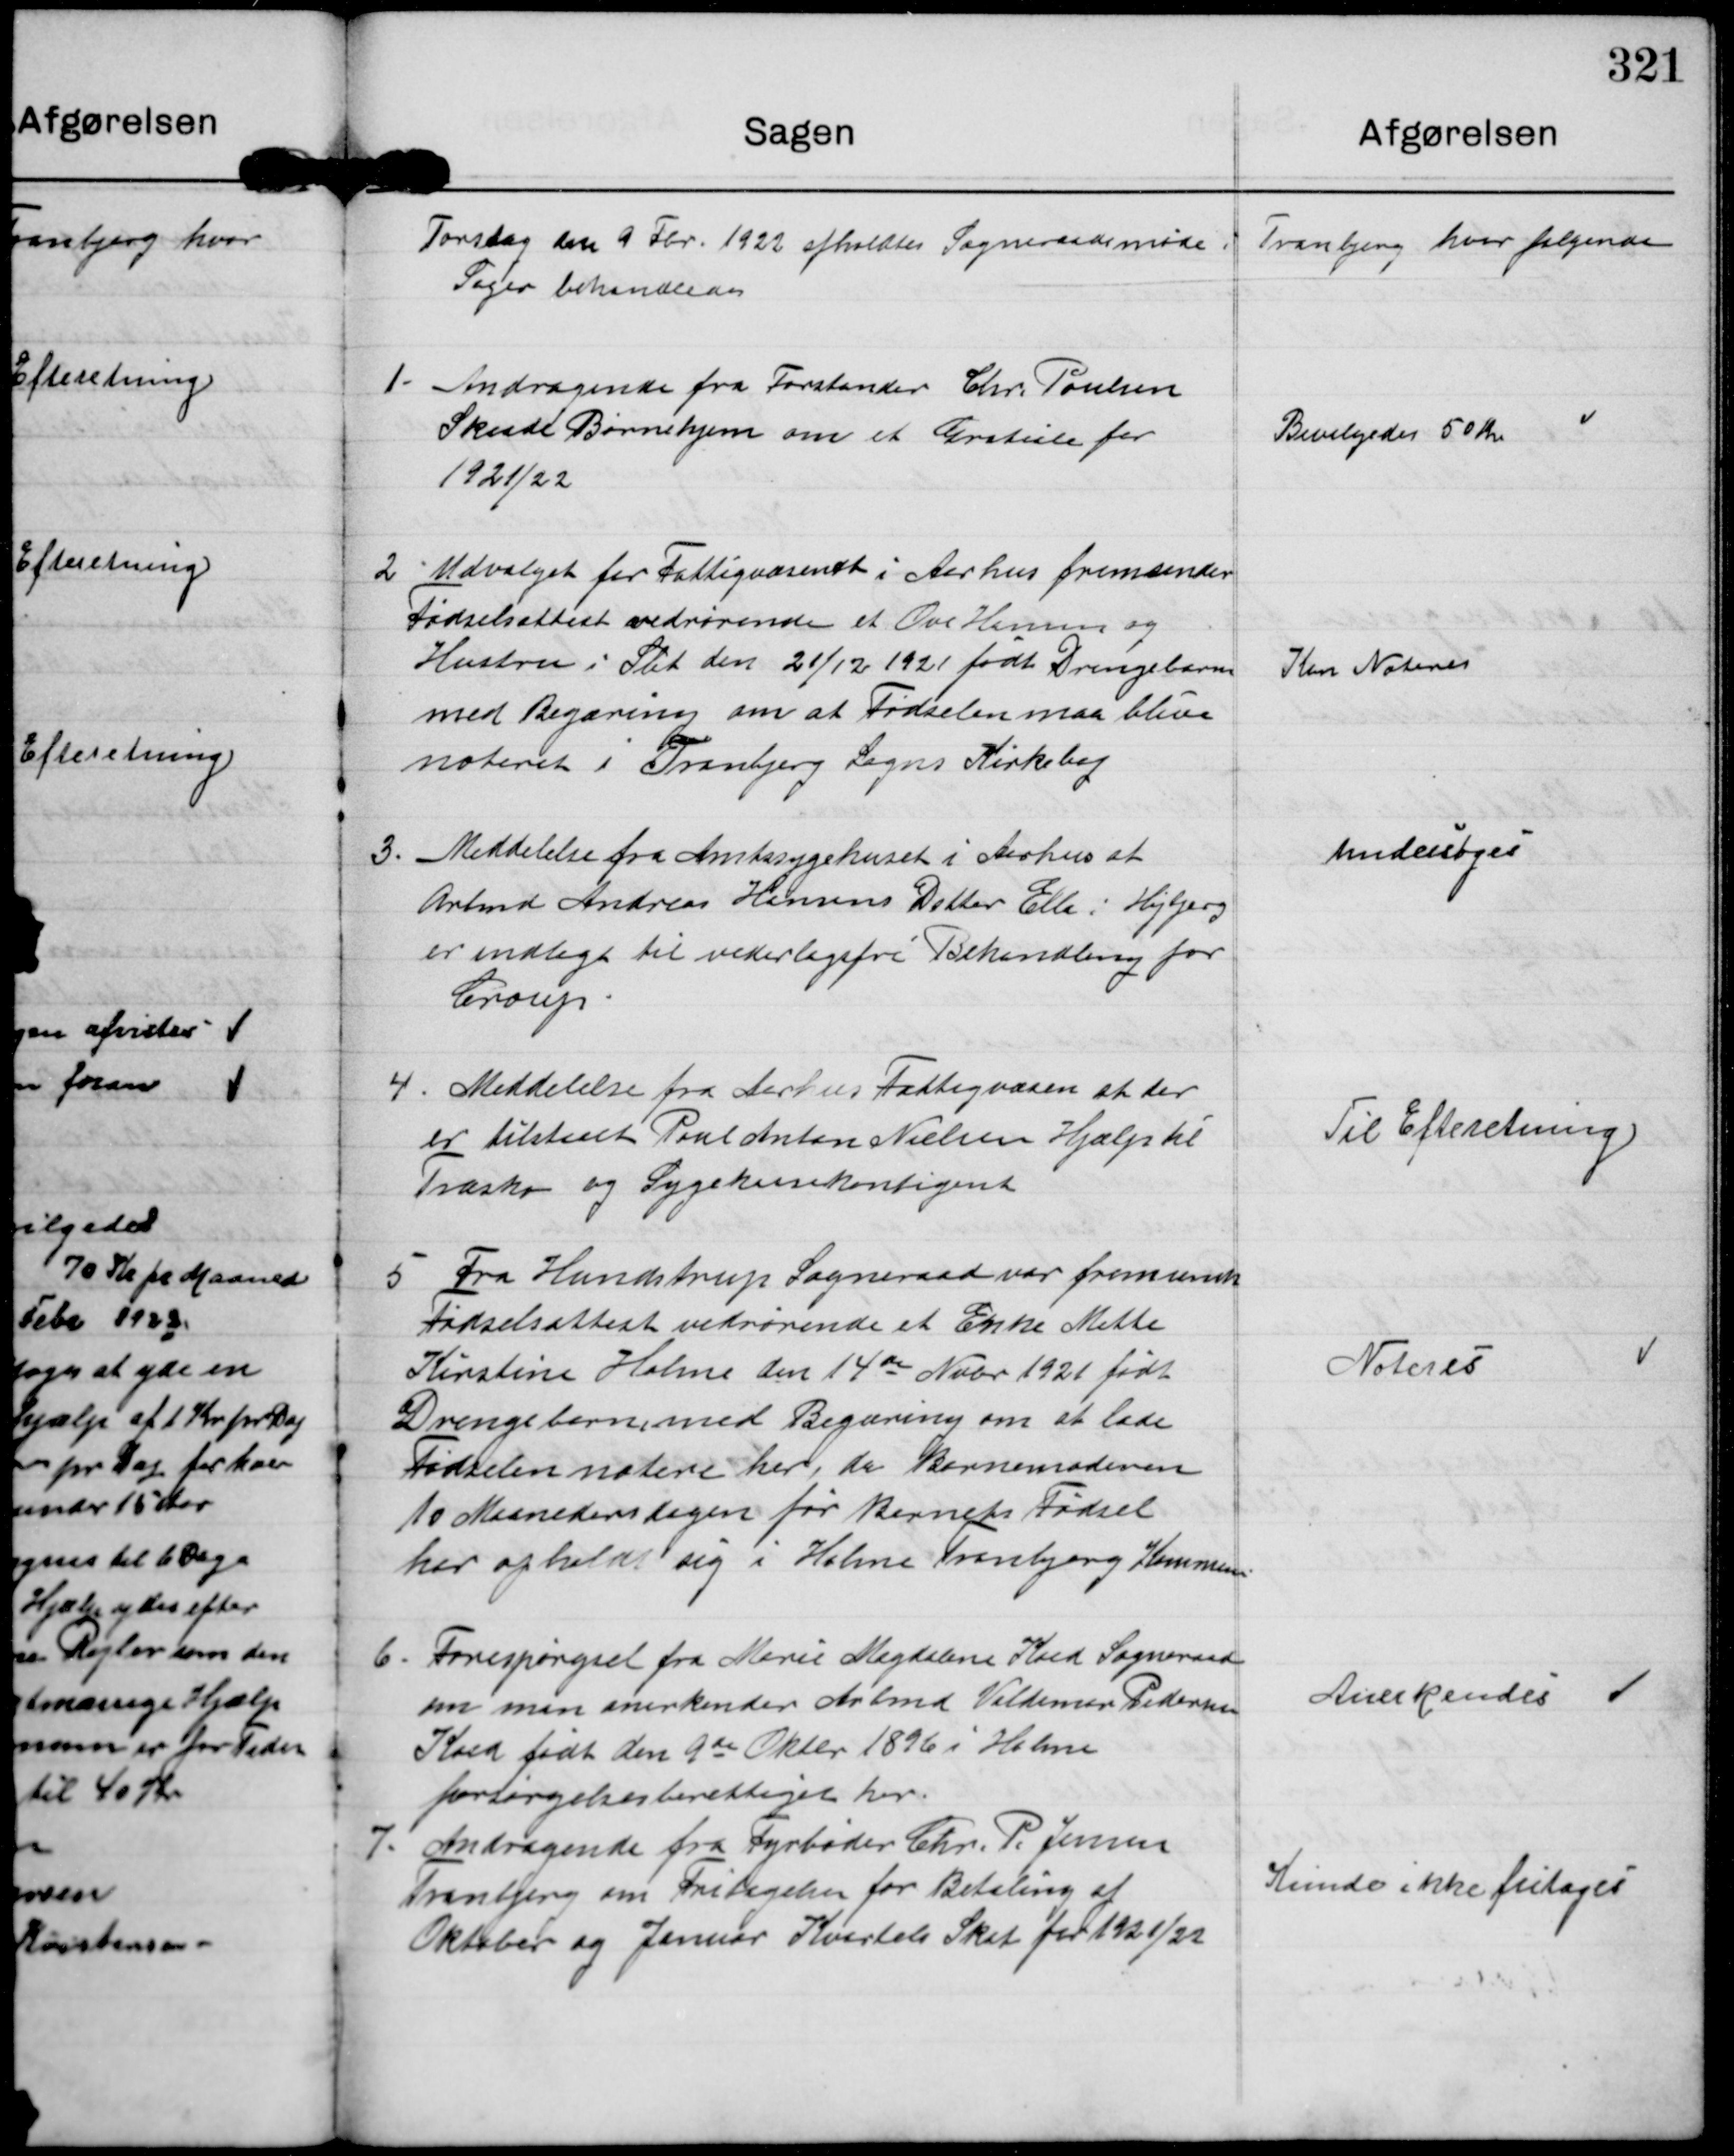
Transskription:
Torsdag den 9 Fbr 1922 afholdtes Sogneraadsmøde i Tranbjerg hvor følgende
Sager behandledes

1. Andragende fra Forstander Chr. Poulsen
Skaade Børnehjem om et Gratiale for
1921/22.

Bevilgedes 50 Kr

2. Udvalget for Fattigvæsenet i Aarhus fremsender
Fødselsattest vedrørende et Ove Hansen og
Hustru i Slet den 21/12 1921 født Drengebarn
med Begæring om at Fødselen maa blive
noteret i Tranbjerg Sogns Kirkebog

Kan Noteres

3. Meddelelse fra Amtssygehuset i Aarhus at
Arbmd Andreas Hansens Datter Ella i Højbjerg
er indlagt til vederlagsfri Behandling for
Croup.

undersøges

4. Meddelelse fra Aarhus Fattigvæsen at der
er tilstaaet Paul Anton Nielsen Hjælp til
Træsko og Sygehuskontigent.

Til Efteretning

5. Fra Hundstrup Sogneraad var fremsendt
Fødselsattest vedrørende et Enke Mette
Kirstine Holme den 14de Nobr 1921 født
Drengebarn, med Begæring om at lade
Fødselen notere her, da Barnemoderen
10 Maaneders dagen for Barnets Fødsel
har opholdt sig i Holme Tranbjerg Kommune

Noteres

6. Forespørgsel fra Marie Magdalene Koed Sogneraad
om man anerkender Arbmd Valdemar Pedersen
Koed  født den 9de Oktbr 1896 i Holme
forsørgelsesberettiget her

Anerkendes

7. Andragende fra Fyrbøder Chr. P. Jensen
Tranbjerg om Fritagelse for Betaling af
Oktober og Januar Kvartals Skat for 1921/22

Kunde ikke fritaget